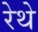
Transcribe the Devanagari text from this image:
रेथे